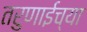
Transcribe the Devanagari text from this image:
तरुणाईच्या